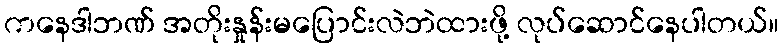
ကနေဒါဘဏ် အတိုးနှုန်းမပြောင်းလဲဘဲထားဖို့ လုပ်ဆောင်နေပါတယ်။